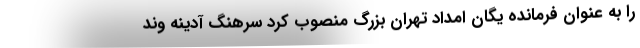
را به عنوان فرمانده یگان امداد تهران بزرگ منصوب کرد سرهنگ آدینه وند